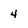
Character: 4